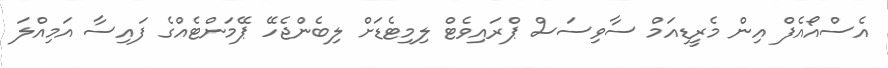
އެސްއޯއެފް އިން މެރީޑިއަމް ސާވިސަސް ޕްރައިވެޓް ލިމިޓެޑަށް ލިބެންޖެހޭ ޕޭމަންޓެއްގެ ފައިސާ އަމިއްލަ